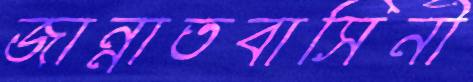
জান্নাতবাসিনী